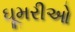
ઘૂમરીઓ